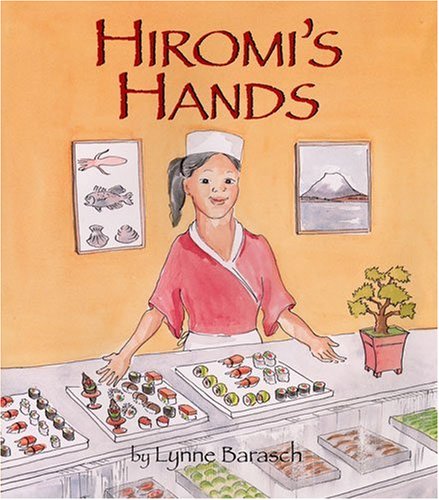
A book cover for Hiromi's Hands; Lynne Barasch; Literature & Fiction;